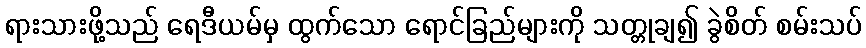
ရားသားဖို့သည် ရေဒီယမ်မှ ထွက်သော ရောင်ခြည်များကို သတ္တုချ၍ ခွဲစိတ် စမ်းသပ်